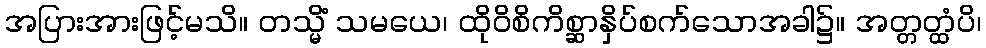
အပြားအားဖြင့်မသိ။ တသ္မိံ သမယေ၊ ထိုဝိစိကိစ္ဆာနှိပ်စက်သောအခါ၌။ အတ္တတ္ထံပိ၊